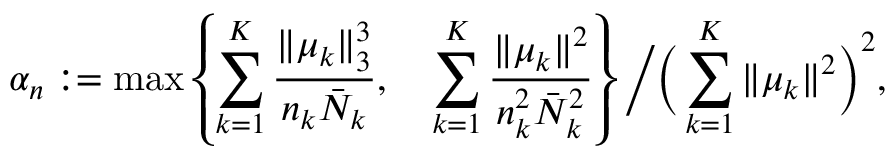
\alpha _ { n } : = \operatorname* { m a x } \left\{ \sum _ { k = 1 } ^ { K } \frac { \| \mu _ { k } \| _ { 3 } ^ { 3 } } { n _ { k } \bar { N } _ { k } } , \quad \sum _ { k = 1 } ^ { K } \frac { \| \mu _ { k } \| ^ { 2 } } { n _ { k } ^ { 2 } \bar { N } _ { k } ^ { 2 } } \right\} \bigg / \bigg ( \sum _ { k = 1 } ^ { K } \| \mu _ { k } \| ^ { 2 } \bigg ) ^ { 2 } ,